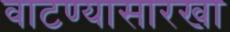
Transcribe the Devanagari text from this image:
वाटण्यासारखा